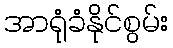
အာရုံခံနိုင်စွမ်း